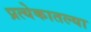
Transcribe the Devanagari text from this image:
प्रत्येकातल्या